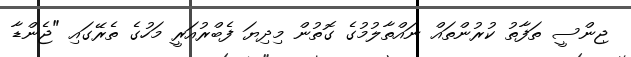
ޖިންސީ ތަފާތު ކުރުންތައް ނައްތާލުމުގެ ގޮތުން މިދިޔަ ފެބްރުއަރީ މަހުގެ ތެރޭގައި "ޖެންޑާ